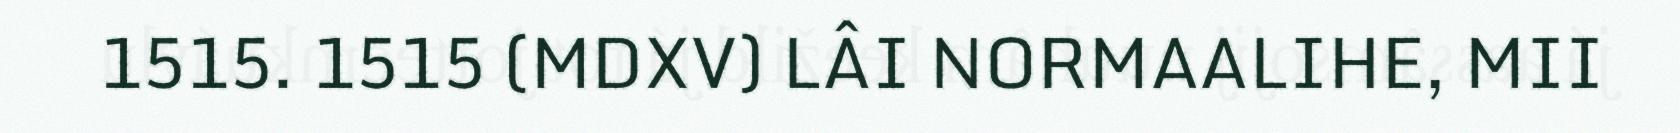
1515. 1515 (MDXV) LÂI NORMAALIHE, MII